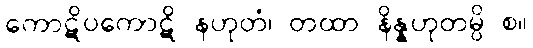
ကောဋိပကောဋိ နဟုတံ၊ တထာ နိန္နဟုတမ္ပိ စ။